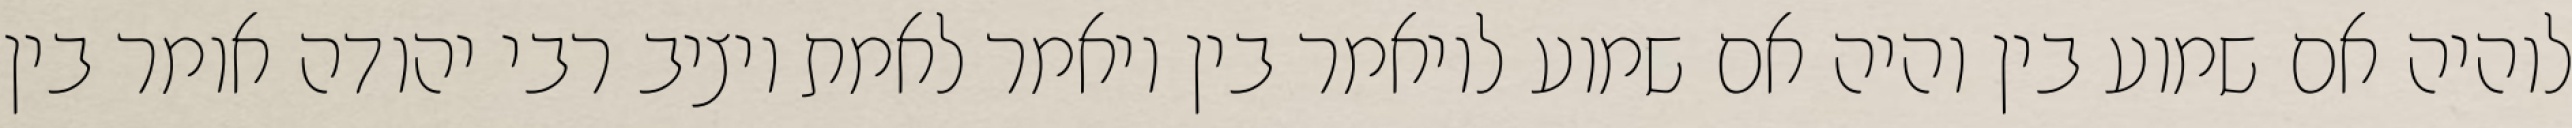
לוהיה אם שמוע בין והיה אם שמוע לויאמר בין ויאמר לאמת ויציב רבי יהודה אומר בין